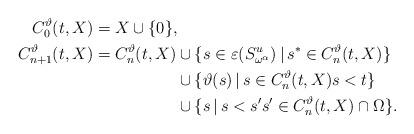
LaTeX: \begin{align*}C_0^\vartheta(t,X)&=X\cup\{0\},\\C_{n+1}^\vartheta(t,X)&=\begin{aligned}[t]C_{n}^\vartheta(t,X)&\cup\{s\in\varepsilon(S_{\omega^\alpha}^u)\,|\,s^*\in C_{n}^\vartheta(t,X)\}\\ &\cup\{\vartheta(s)\,|\,s\in C_{n}^\vartheta(t,X)s<t\}\\ &\cup\{s\,|\,s<s's'\in C_{n}^\vartheta(t,X)\cap\Omega\}.\end{aligned}\end{align*}